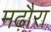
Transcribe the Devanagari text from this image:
मढ़ौरा